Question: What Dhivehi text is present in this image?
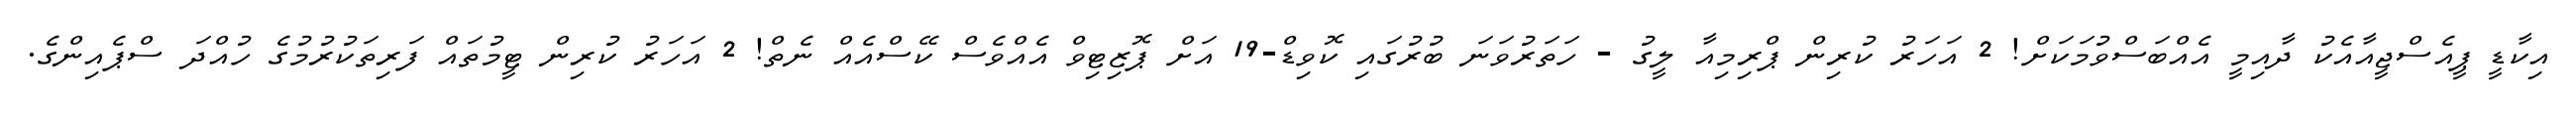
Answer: އިކާޑީ ޕީއެސްޖީއާއެކު ދާއިމީ އެއްބަސްވުމަކަށް! 2 އަހަރު ކުރިން ޕްރިމިއާ ލީގު - ހަތަރުވަނަ ބުރުގައި ކޮވިޑް-19 އަށް ޕޮޒިޓިވް އެއްވެސް ކޭސްއެއް ނެތް! 2 އަހަރު ކުރިން ޓީމުތައް ފަރިތަކުރުމުގެ ހުއްދަ ސްޕެއިންގެ.